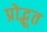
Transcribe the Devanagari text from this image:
प्रोद्भूत